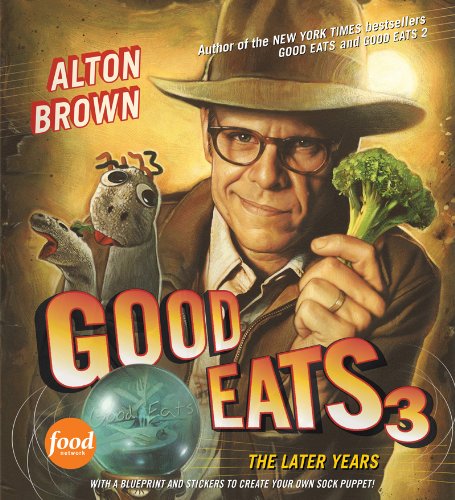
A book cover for Good Eats 3: The Later Years; Alton Brown; Humor & Entertainment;